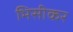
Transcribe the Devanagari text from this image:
भिसीकर